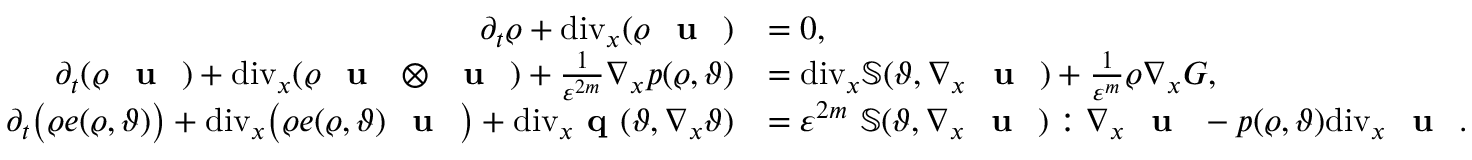
\begin{array} { r l } { \partial _ { t } \varrho + \mathrm { d i v } _ { x } ( \varrho \textbf { \textup { u } } ) } & { = 0 , } \\ { \partial _ { t } ( \varrho \textbf { \textup { u } } ) + \mathrm { d i v } _ { x } ( \varrho \textbf { \textup { u } } \otimes \textbf { \textup { u } } ) + \frac { 1 } { \varepsilon ^ { 2 m } } \nabla _ { x } p ( \varrho , \vartheta ) } & { = \mathrm { d i v } _ { x } \mathbb { S } ( \vartheta , \nabla _ { x } \textbf { \textup { u } } ) + \frac { 1 } { \varepsilon ^ { m } } \varrho \nabla _ { x } G , } \\ { \partial _ { t } \big ( \varrho e ( \varrho , \vartheta ) \big ) + \mathrm { d i v } _ { x } \big ( \varrho e ( \varrho , \vartheta ) \textbf { \textup { u } } \big ) + \mathrm { d i v } _ { x } \textbf { q } ( \vartheta , \nabla _ { x } \vartheta ) } & { = \varepsilon ^ { 2 m } \ \mathbb { S } ( \vartheta , \nabla _ { x } \textbf { \textup { u } } ) : \nabla _ { x } \textbf { \textup { u } } - p ( \varrho , \vartheta ) \mathrm { d i v } _ { x } \textbf { \textup { u } } . } \end{array}